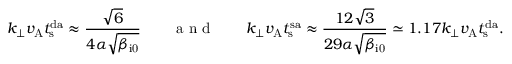
k _ { \perp } v _ { \mathrm { A } } t _ { \mathrm { s } } ^ { \mathrm { d a } } \approx \frac { \sqrt { 6 } } { 4 \alpha \sqrt { \beta _ { \mathrm { i 0 } } } } \qquad \mathrm { ~ a ~ n ~ d ~ } \qquad k _ { \perp } v _ { \mathrm { A } } t _ { \mathrm { s } } ^ { \mathrm { s a } } \approx \frac { 1 2 \sqrt { 3 } } { 2 9 \alpha \sqrt { \beta _ { \mathrm { i 0 } } } } \simeq 1 . 1 7 k _ { \perp } v _ { \mathrm { A } } t _ { \mathrm { s } } ^ { \mathrm { d a } } .